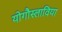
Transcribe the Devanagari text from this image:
योगौस्लाविया